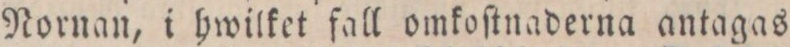
Nornan, i hwilket fall omkoſtnaderna antagas